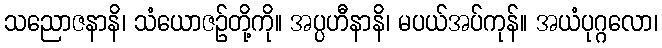
သညောဇနာနိ၊ သံယောဇဉ်တို့ကို။ အပ္ပဟီနာနိ၊ မပယ်အပ်ကုန်။ အယံပုဂ္ဂလော၊